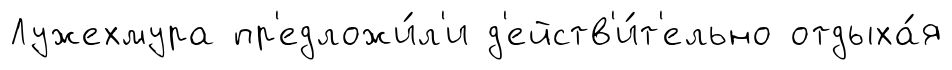
Лужехмура пр'едложи́л'и д'ейств'и́т'ельно отдыха́я